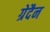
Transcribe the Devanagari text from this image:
ग्रेदैन